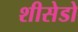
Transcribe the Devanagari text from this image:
शीसेडो